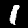
Digit: 1